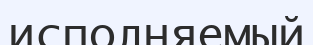
исполняемый